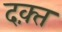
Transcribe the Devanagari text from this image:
दक़्त